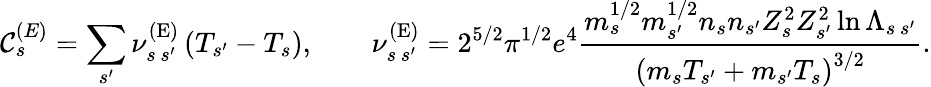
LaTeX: \mathcal{C}_{s}^{{(E)}}=\sum_{s^{\prime}}\nu_{s\, s^{\prime}}^{\mathrm{{(E)}}}\left(T_{s^{\prime}}-T_{s}\right),\qquad\nu_{s\, s^{\prime}}^{\mathrm{{(E)}}}=2^{5/2}\pi^{1/2}e^{4}\frac{{m_{s}^{1/2}m_{s^{\prime}}^{1/2}n_{s}n_{s^{\prime}}Z_{s}^{2}Z_{s^{\prime}}^{2}\ln\Lambda_{s\, s^{\prime}}}}{{\left(m_{s}T_{s^{\prime}}+m_{s^{\prime}}T_{s}\right)^{3/2}}}.